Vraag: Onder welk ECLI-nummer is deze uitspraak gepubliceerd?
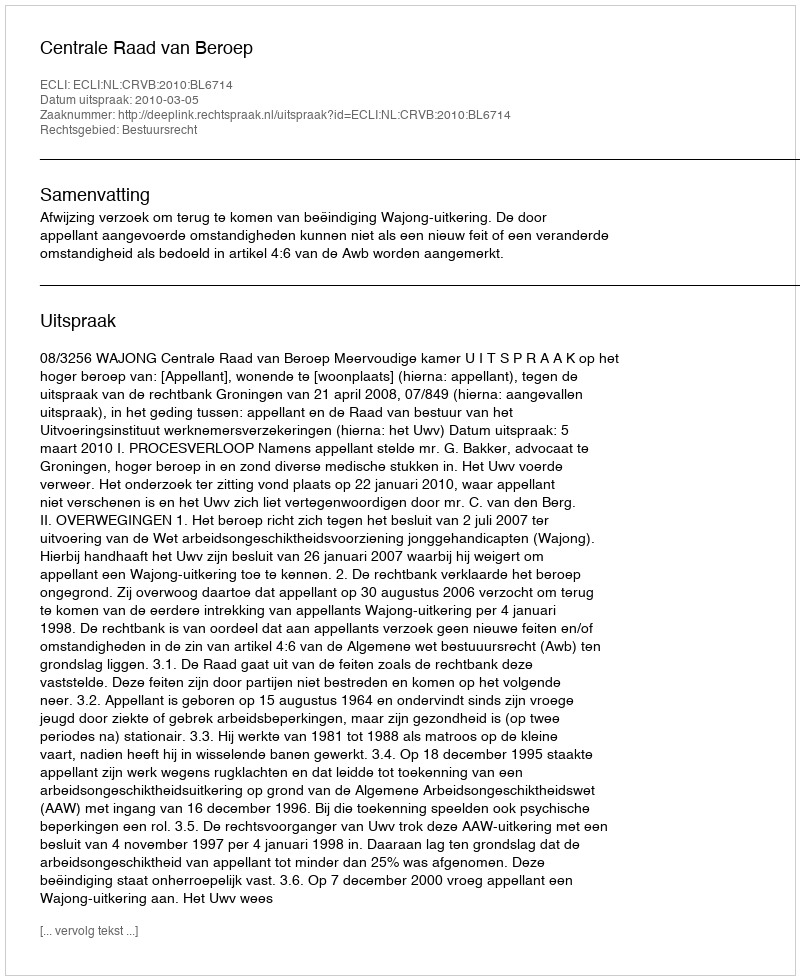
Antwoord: ECLI:NL:CRVB:2010:BL6714